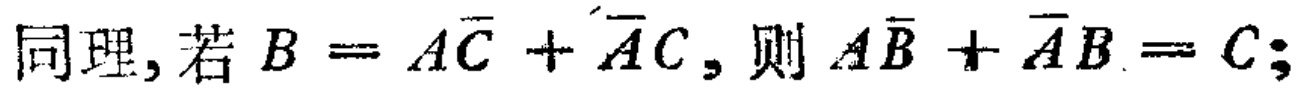
同理, 若 \(B = A\overline{C}+\overline{A}C\), 则 \(A\overline{B}+\overline{A}B = C\);